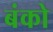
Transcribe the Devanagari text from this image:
बंको